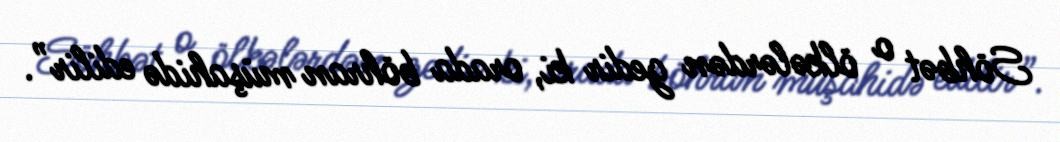
Söhbət o ölkələrdən gedir ki, orada böhran müşahidə edilir”.